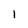
Character: l